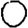
Digit: 0